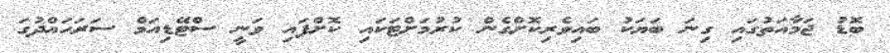
ބޮޑު ޖަމާއަތުގައި ގިނަ ބަޔަކު ބައިވެރިކޮށްގެން ކުރުމަށްޓަކައި ކޮށްފައި ވަނީ ސްޓޭޑިއަމް ސަރަހައްދުގަ